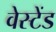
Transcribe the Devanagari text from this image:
वेस्टेंड